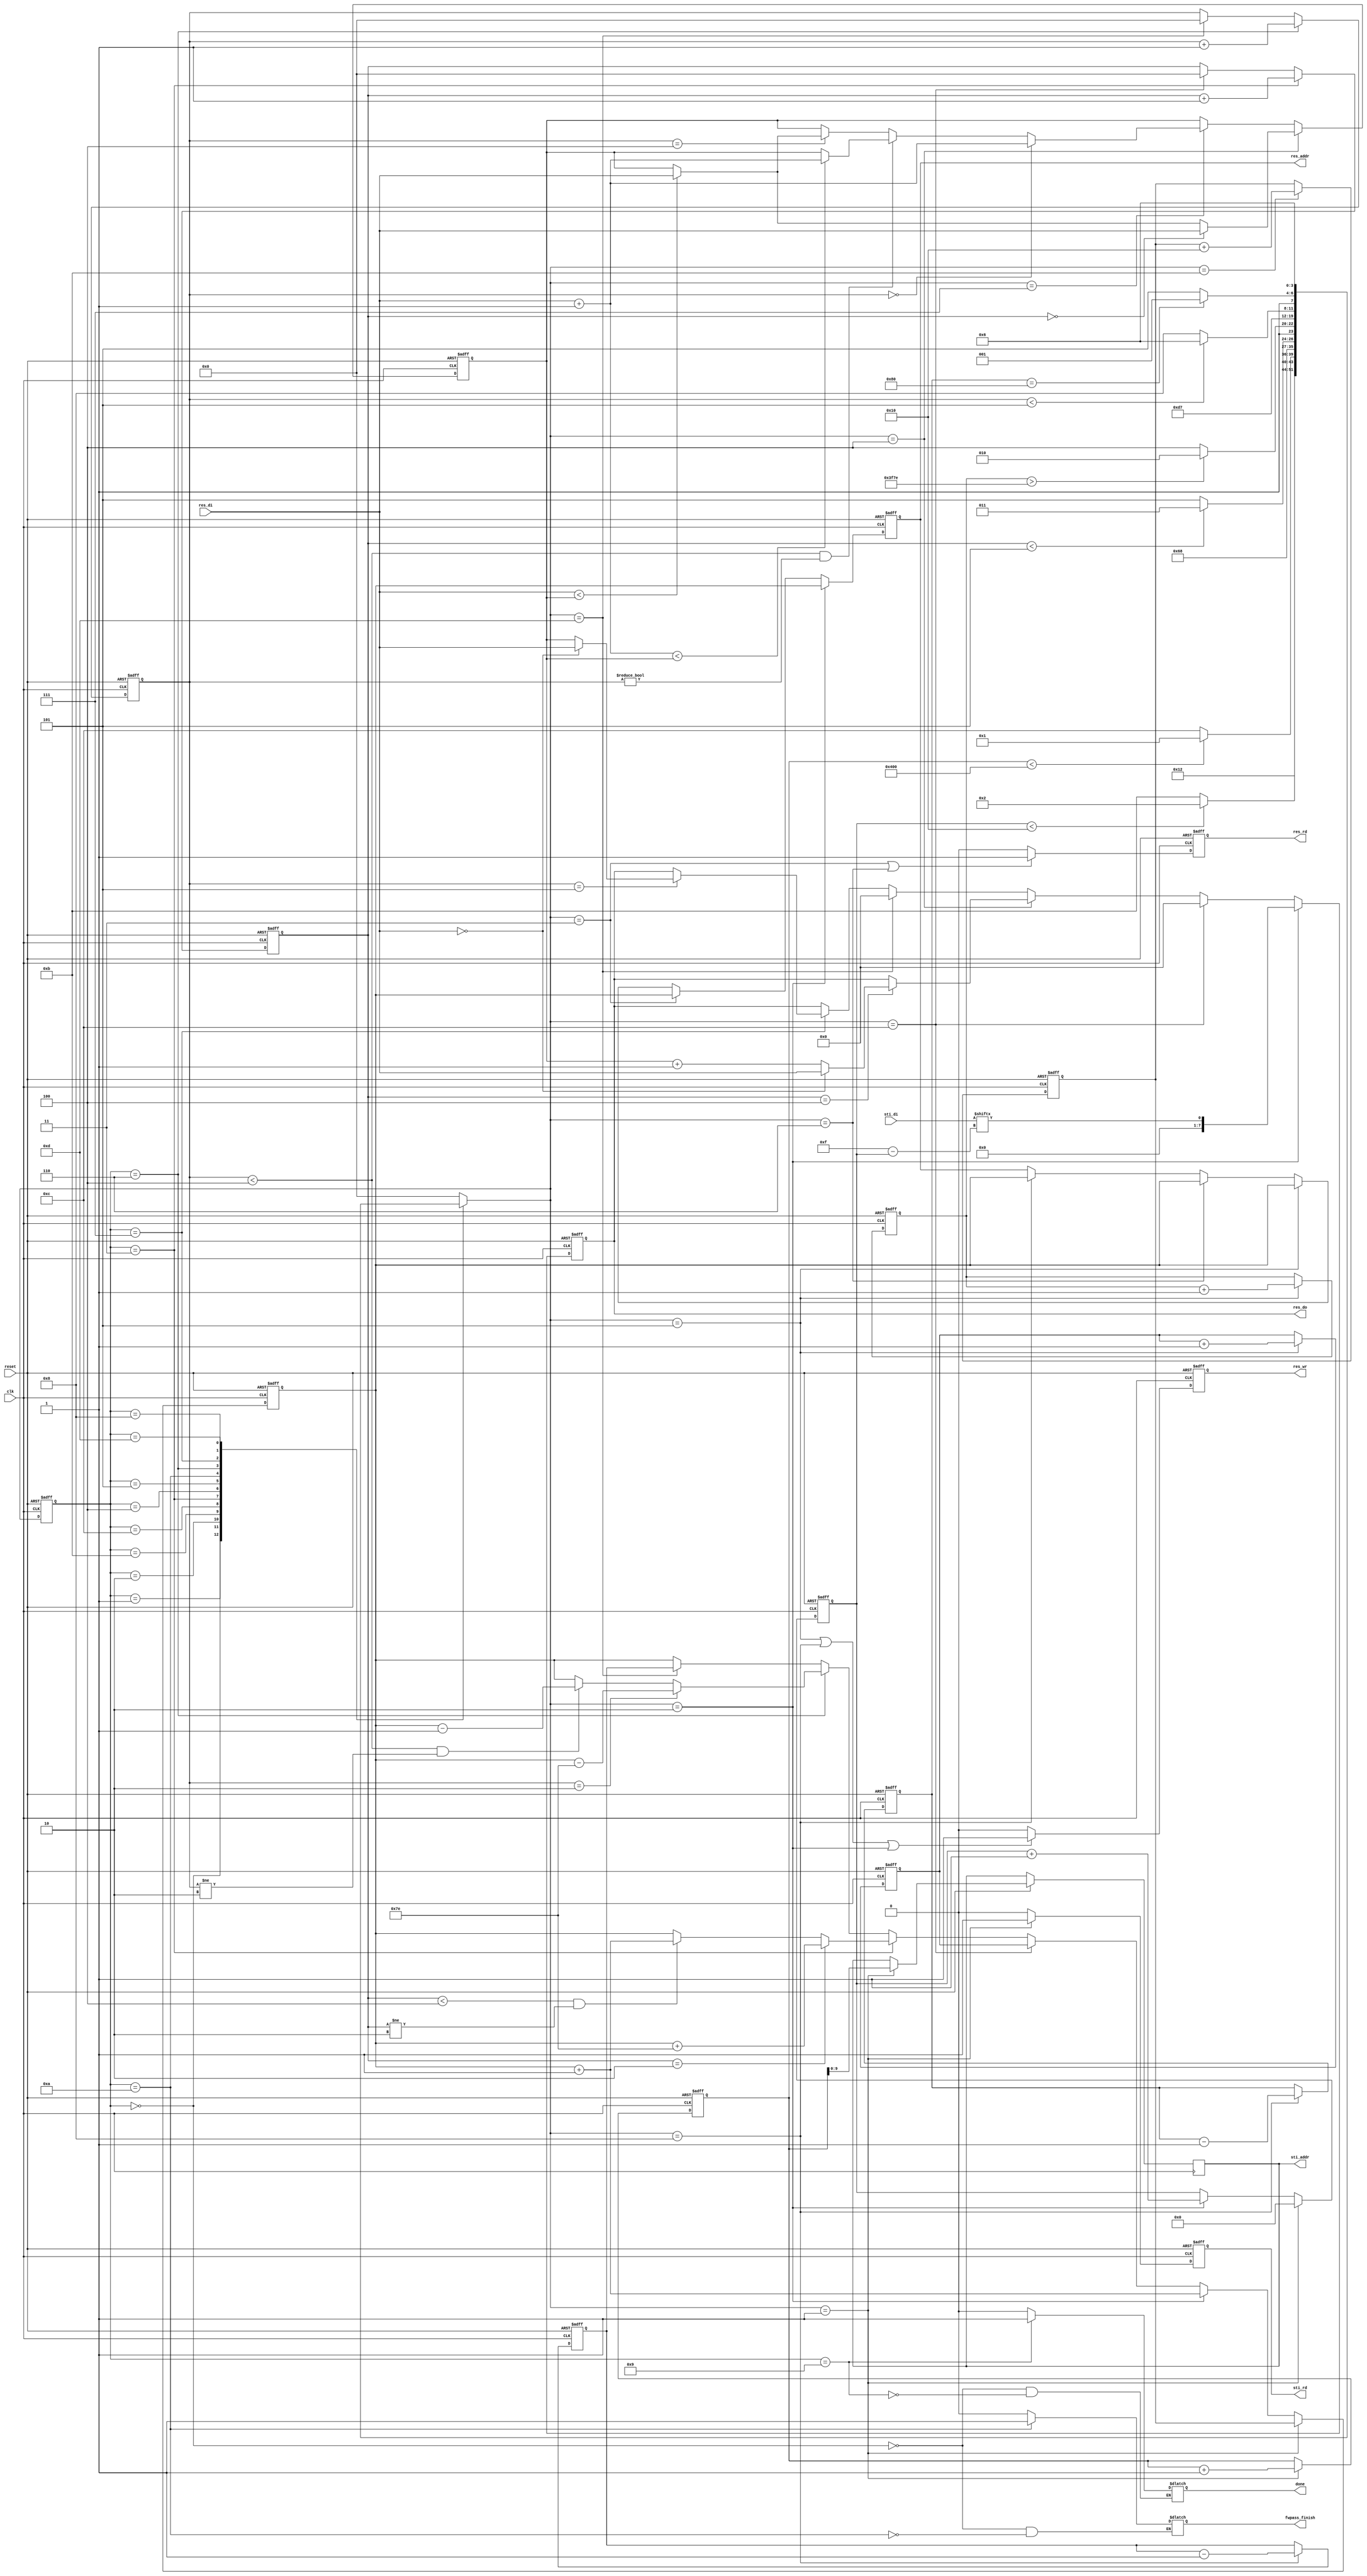
`timescale 1ns/10ps
module DT(
	input 			clk, 
	input			reset,
	output	reg		done ,
	output	reg		sti_rd ,
	output	reg 	[9:0]	sti_addr ,
	input		[15:0]	sti_di,
	output	reg		res_wr ,
	output	reg		res_rd ,
	output	reg 	[13:0]	res_addr ,
	output	reg 	[7:0]	res_do,
	input		[7:0]	res_di,
	output  reg fwpass_finish
	);
parameter idle=4'd0,sr_rom=4'd1,sw_ram=4'd2,sfr=4'd3,sforward=4'd4,sfw=4'd5;
parameter sbr=4'd6,sback=4'd7,sbw=4'd8,sDONE=4'd9,sFPASS=4'd10,empty1=4'd11,empty2=4'd12,empty3=4'd13;
reg [3:0]cs,ns;
reg [15:0]sti_di_reg;
reg [7:0]res_di_reg;
reg [7:0]res_reg;
reg [10:0]rom_addr;
reg [4:0]cnt_w_ram;
reg [13:0]fw_cnt;
reg [13:0]bw_cnt;
reg [3:0]fr_cnt;
reg [3:0]br_cnt;
reg [13:0]f_addr_cnt;
reg [13:0]b_addr_cnt;
reg [13:0]sw_addr_cnt;
reg [13:0]addr_cnt_temp;
integer i;
always@(posedge clk or negedge reset)
begin
	if(!reset)
	begin
		cs<=idle;
	end
	else begin
		cs<=ns;
	end
end
always@(posedge clk or negedge reset)
begin
	if(!reset)
	begin
		sti_rd<=1'd0;
	end
	else if(ns == sr_rom)
	begin
		sti_rd<=1'd1;
	end
	else begin
		sti_rd<=1'd0;
	end
end
always@(posedge clk or negedge reset)
begin
	if(!reset)
	begin
		res_rd<=1'd0;
	end
	else if(ns == sfr|| ns==sbr)
	begin
		res_rd<=1'd1;
	end
	else begin
		res_rd<=1'd0;
	end
end

always@(posedge clk or negedge reset)
begin
	if(!reset)
	begin
		res_wr<=1'd0;
	end
	else if(ns == sfw|| ns==sbw || ns== sw_ram)
	begin
		res_wr<=1'd1;
	end
	else begin
		res_wr<=1'd0;
	end
end

always@(*)
begin
	case(cs)
	idle:begin
		ns=sr_rom;
	end
	sr_rom:begin
		ns=sw_ram;
	end
	sw_ram:begin
			if( cnt_w_ram < 5'd16)
			begin
				ns=sw_ram;
			end	
			else begin
				ns=empty1;
			end
	end
	empty1:begin
		if(rom_addr<11'd1024)
		begin
			ns=sr_rom;
		end
		else begin
			ns=empty2;
		end
	end
	empty2:begin
		ns=sfr;
	end
	sfr:begin
		ns=sforward;
	end
	sforward:begin
		if(fr_cnt <4'd5)
		begin
			ns=sfr;
		end
		else begin
			ns=sfw;
		end
	end
	sfw:begin
		if(fw_cnt > 14'd16254)
		begin
			ns=sFPASS;
		end
		else begin
			ns=empty2;
		end
	end
	sFPASS:begin
		ns=empty3;
	end
	sbr:begin
		ns=sback;
	end
	sback:begin
		if(br_cnt <4'd5)
		begin
			ns=sbr;
		end
		else begin
			ns=sbw;
		end
	end
	sbw:begin
		if(bw_cnt == 14'd128)
		begin
			ns=sDONE;
		end
		else begin
			ns=empty3;
		end
	end
	empty3:begin
		ns=sbr;
	end
	default:begin
		ns=idle;
	end
	endcase
end

always@(posedge clk or negedge reset)
begin
	if(!reset)
	begin
		rom_addr<=10'd0;
		addr_cnt_temp=14'd0;
	end
	else if( ns==sr_rom)
	begin
		sti_addr<=rom_addr;
		rom_addr<=rom_addr+10'd1;
		addr_cnt_temp<=sw_addr_cnt;
	end
	else if(ns==sw_ram)
	begin
		addr_cnt_temp<=addr_cnt_temp+14'd1;
	end
	else if(ns==empty2)
	begin
		addr_cnt_temp<=f_addr_cnt;
	end
	else if(cs==sfr)
	begin
		if( fr_cnt==4'd2)
		begin
			addr_cnt_temp<=addr_cnt_temp+14'd126;
		end
		else if(fr_cnt <4'd4 && fr_cnt!=4'd2)
		begin
			addr_cnt_temp<=addr_cnt_temp+14'd1;
		end
	end
	else if(cs==sbr)
	begin
		if( br_cnt==4'd2)
		begin
			addr_cnt_temp<=addr_cnt_temp-14'd126;
		end
		else if(br_cnt <4'd4 && br_cnt!=4'd2)
		begin
			addr_cnt_temp<=addr_cnt_temp-14'd1;
		end
	end
	else if(ns==empty3)
	begin
		addr_cnt_temp<=b_addr_cnt;
	end
		
end
always@(posedge clk or negedge reset)
begin
	if(!reset)
	begin
		cnt_w_ram<=4'd0;
	end
	else if( ns==sr_rom)
	begin
		cnt_w_ram<=4'd0;
	end
	else if(ns==sw_ram)
	begin
		cnt_w_ram<=cnt_w_ram+4'd1;
	end
end

always@(posedge clk or negedge reset)
begin
	if(!reset)
	begin
		sw_addr_cnt<=14'd0;
	end
	else if(ns==empty1)
	begin	
		sw_addr_cnt<=sw_addr_cnt+14'd16;
	end
end
//forward....................................
always@(posedge clk or negedge reset)
begin
	if(!reset)
	begin
		f_addr_cnt<=14'd0;
	end
	else if(ns==sfw)
	begin	
		f_addr_cnt<=f_addr_cnt+14'd1;
		
	end
end
always@(posedge clk or negedge reset)
begin
	if(!reset)
	begin
		fr_cnt<=4'd0;
	end
	else if(cs==sfr)
	begin	
		fr_cnt<=fr_cnt+4'd1;
	end
	else if(ns==empty2)
	begin
		fr_cnt<=4'd0;
	end
end
always@(posedge clk or negedge reset)
begin
	if(!reset)
	begin
		fw_cnt<=14'd0;
	end
	else if(ns==sfw)
	begin
		fw_cnt<=fw_cnt+14'd1;
	end
end
//back.......................
always@(posedge clk or negedge reset)
begin
	if(!reset)
	begin
		b_addr_cnt<=14'd16383;
	end
	else if(ns==sbw)
	begin	
		b_addr_cnt<=b_addr_cnt-14'd1;
	end
end
always@(posedge clk or negedge reset)
begin
	if(!reset)
	begin
		br_cnt<=4'd0;
	end
	else if(cs==sbr)
	begin	
		br_cnt<=br_cnt+4'd1;
	end
	else if(ns==empty3)
	begin
		br_cnt<=4'd0;
	end
end
always@(posedge clk or negedge reset)
begin
	if(!reset)
	begin
		bw_cnt<=14'd16383;
	end
	else if(ns==sbw)
	begin
		bw_cnt<=bw_cnt-14'd1;
	end
end
always@(posedge clk or negedge reset)
begin
	if(!reset)
	begin
		res_di_reg<=14'd0;
	end
	else if(ns==sforward)
	begin
		if(fr_cnt==4'd0)
		begin
			res_di_reg<=res_di;
		end
		else begin
			if(res_di < res_di_reg)
			begin
				res_di_reg<=res_di;
			end
		end
	end
	else if(ns==sback)
	begin
		if(br_cnt==4'd0)
		begin
			res_di_reg<=res_di+8'd1;
		end
		else if(br_cnt <4'd4 && br_cnt!=4'd0)
		begin
			if(res_di+8'd1 < res_di_reg)
			begin
				res_di_reg<=res_di+8'd1;
			end
		end
		else if(br_cnt==4'd4)
		begin
			if(res_di < res_di_reg)
			begin
				res_di_reg<=res_di;
			end
		end
	end
end
always@(posedge clk or negedge reset)
begin
	if(!reset)
	begin
		res_do<=8'd0;
	end
	else if(ns==sw_ram)
	begin
		res_do<={7'b0,sti_di[4'd15-cnt_w_ram]};
	end
	else if(ns==empty2)
	begin
		res_do<=8'd0;
	end
	else if(ns==sforward)
	begin
		if(fr_cnt==4'd4)
		begin
			if( res_di==8'd0)
			begin
				res_do<=res_di;
			end
			else begin
				res_do<=res_di_reg+8'd1;
			end
		end
	end
	else if(ns==empty3)
	begin
		res_do<=8'd0;
	end
	else if(cs==sback)
	begin
		if(br_cnt==4'd5)
		begin
			if( res_di==8'd0)
			begin
				res_do<=res_di;
			end
			else begin
				res_do<=res_di_reg;
			end
		end
	end
end

always@(posedge clk or negedge reset)
begin
	if(!reset)
	begin
		res_addr<=14'd0;
	end
	else if(ns==sw_ram)
	begin
		res_addr<=addr_cnt_temp;
	end
	else if(ns==sfr)
	begin
		res_addr<=addr_cnt_temp;
	end
	else if(ns==sfw)	
	begin
		res_addr<=addr_cnt_temp;
	end
	else if(ns==sbr)
	begin
		res_addr<=addr_cnt_temp;
	end
	else if(ns==sbw)
	begin
		res_addr<=addr_cnt_temp;
	end
end

//output logic
always@(*)
begin
	case(cs)
	idle:begin
		done=1'd0;
		fwpass_finish=1'b0;
	end
	sFPASS:begin
		fwpass_finish=1'b1;
	end
	sDONE:begin
		done=1'b1;
	end
endcase
end

endmodule